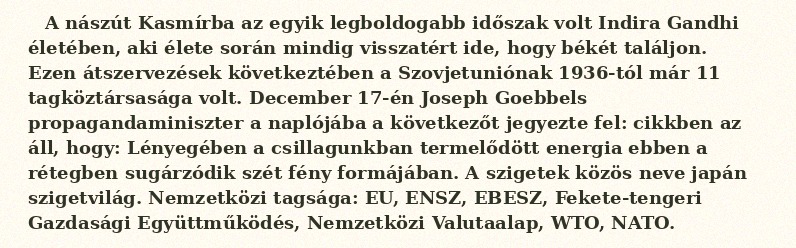
A nászút Kasmírba az egyik legboldogabb időszak volt Indira Gandhi életében, aki élete során mindig visszatért ide, hogy békét találjon. Ezen átszervezések következtében a Szovjetuniónak 1936-tól már 11 tagköztársasága volt. December 17-én Joseph Goebbels propagandaminiszter a naplójába a következőt jegyezte fel: cikkben az áll, hogy: Lényegében a csillagunkban termelődött energia ebben a rétegben sugárzódik szét fény formájában. A szigetek közös neve japán szigetvilág. Nemzetközi tagsága: EU, ENSZ, EBESZ, Fekete-tengeri Gazdasági Együttműködés, Nemzetközi Valutaalap, WTO, NATO.